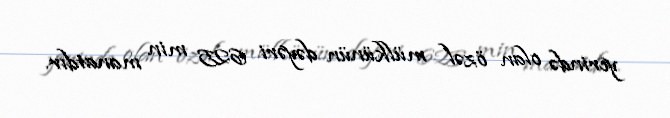
yerində olan özəl mülkünün dəyəri 625 min manatdır.